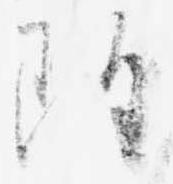
雖